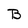
Character: B